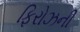
ફિરોઝની